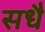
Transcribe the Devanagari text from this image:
सधै